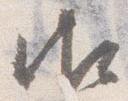
御